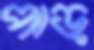
পাড়